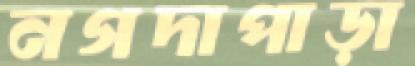
নগদাপাড়া